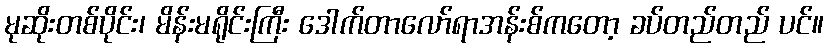
မုဆိုးတစ်ပိုင်း၊ မိန်းမရိုင်းကြီး ဒေါက်တာလော်ရာအန်းစ်ကတော့ ခပ်တည်တည် ပင်။